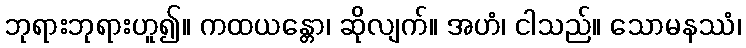
ဘုရားဘုရားဟူ၍။ ကထယန္တော၊ ဆိုလျက်။ အဟံ၊ ငါသည်။ သောမနဿံ၊